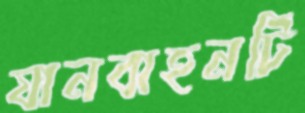
যানবাহনটি